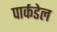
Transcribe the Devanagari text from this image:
पार्कडेल